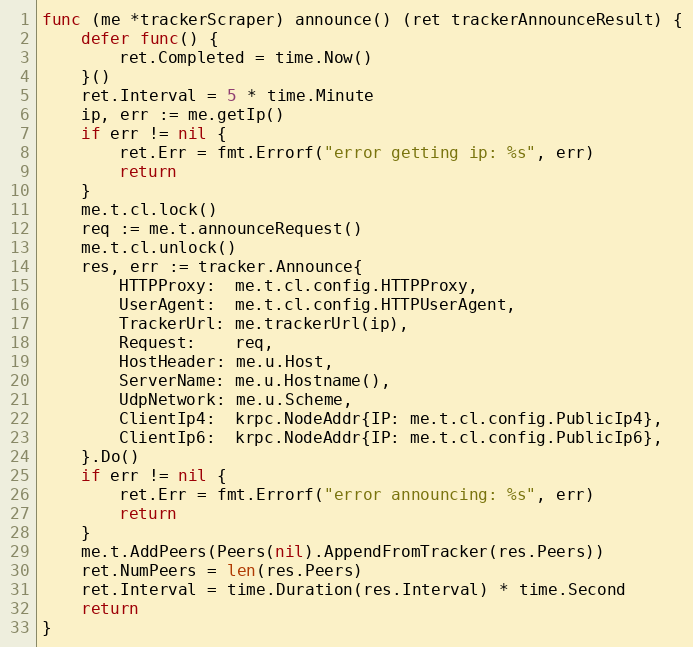
Language: Go
func (me *trackerScraper) announce() (ret trackerAnnounceResult) {
	defer func() {
		ret.Completed = time.Now()
	}()
	ret.Interval = 5 * time.Minute
	ip, err := me.getIp()
	if err != nil {
		ret.Err = fmt.Errorf("error getting ip: %s", err)
		return
	}
	me.t.cl.lock()
	req := me.t.announceRequest()
	me.t.cl.unlock()
	res, err := tracker.Announce{
		HTTPProxy:  me.t.cl.config.HTTPProxy,
		UserAgent:  me.t.cl.config.HTTPUserAgent,
		TrackerUrl: me.trackerUrl(ip),
		Request:    req,
		HostHeader: me.u.Host,
		ServerName: me.u.Hostname(),
		UdpNetwork: me.u.Scheme,
		ClientIp4:  krpc.NodeAddr{IP: me.t.cl.config.PublicIp4},
		ClientIp6:  krpc.NodeAddr{IP: me.t.cl.config.PublicIp6},
	}.Do()
	if err != nil {
		ret.Err = fmt.Errorf("error announcing: %s", err)
		return
	}
	me.t.AddPeers(Peers(nil).AppendFromTracker(res.Peers))
	ret.NumPeers = len(res.Peers)
	ret.Interval = time.Duration(res.Interval) * time.Second
	return
}